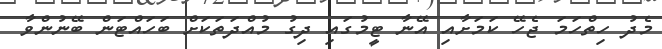
މެދު ހިތްހަމަ ޖެހޭ ކަމަށާއި އޭނާ ޓީމުގައި ދިގު މުއްދަތަކަށް ބަހައްޓަން ބޭނުންވާ